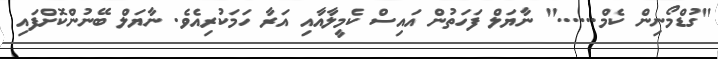
"ގުޑްމޯނިން ކެމް......" ނާޔަލް ފަހަތުން އައިސް ކެމީލާއާއި އަރާ ހަމަކުރިއެވެ. ނާޔަލް ބޭނުންކޮށްފައި